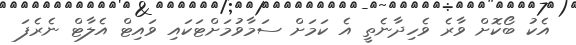
އެކު ބޯކޮށް ވާރެ ވެހިދާނެތީ އެ ކަމަށް ސަމާވުމަށްޓަކައި ވައިޓް އެލާޓް ނެރެފަ